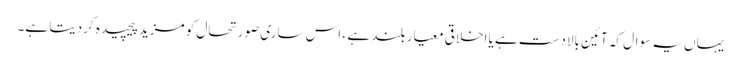
یہاں یہ سوال کہ آئین بالادست ہے یا اخلاقی معیار بلند ہے ، اس ساری صورتحال کو مزید پیچیدہ کردیتا ہے۔